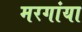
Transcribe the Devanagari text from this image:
मरगांया